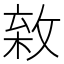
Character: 𢾣